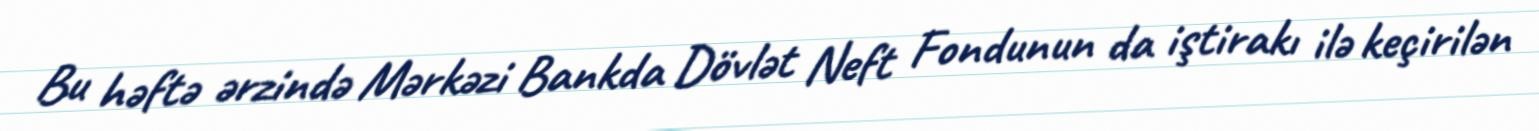
Bu həftə ərzində Mərkəzi Bankda Dövlət Neft Fondunun da iştirakı ilə keçirilən